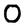
Character: O